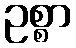
ဥစ္စာ